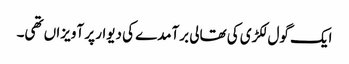
ایک گول لکڑی کی تھالی برآمدے کی دیوار پر آویزاں تھی۔